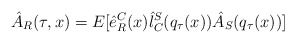
\begin{align*}\hat{A}_{R}(\tau,x)=E[\hat{e}^{C}_{R}(x)\hat{l}_{C}^{S}(q_{\tau}(x))\hat{A}_{S}(q_{\tau}(x))]\end{align*}